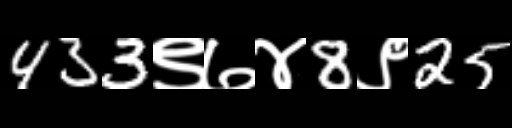
Text: 433९७४8९25